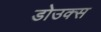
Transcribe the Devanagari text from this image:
डोउक्स